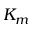
K _ { m }